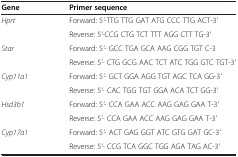
<table><thead><tr><td><b>Gene</b></td><td><b>Primer sequence</b></td></tr></thead><tbody><tr><td rowspan="2"><i>Hprt</i></td><td>Forward: 5<i>&#x27;</i>-TTG TTG GAT ATG CCC TTG ACT-3<i>&#x27;</i></td></tr><tr><td>Reverse: 5<i>&#x27;</i>-CCG CTG TCT TTT AGG CTT TG-3<i>&#x27;</i></td></tr><tr><td rowspan="2"><i>Star</i></td><td>Forward: 5<i>&#x27;</i>- GCC TGA GCA AAG CGG TGT C-3</td></tr><tr><td>Reverse: 5<i>&#x27;</i>- CTG GCG AAC TCT ATC TGG GTC TGT-3<i>&#x27;</i></td></tr><tr><td rowspan="2"><i>Cyp11a1</i></td><td>Forward: 5<i>&#x27;</i>- GCT GGA AGG TGT AGC TCA GG-3<i>&#x27;</i></td></tr><tr><td>Reverse: 5<i>&#x27;</i>- CAC TGG TGT GGA ACA TCT GG-3<i>&#x27;</i></td></tr><tr><td rowspan="2"><i>Hsd3b1</i></td><td>Forward: 5<i>&#x27;</i>- CCA GAA ACC AAG GAG GAA T-3<i>&#x27;</i></td></tr><tr><td>Reverse: 5<i>&#x27;</i>- CCA GAA ACC AAG GAG GAA T-3<i>&#x27;</i></td></tr><tr><td rowspan="2"><i>Cyp17a1</i></td><td>Forward: 5<i>&#x27;</i>- ACT GAG GGT ATC GTG GAT GC-3<i>&#x27;</i></td></tr><tr><td>Reverse: 5<i>&#x27;</i>- CCG TCA GGC TGG AGA TAG AC-3<i>&#x27;</i></td></tr></tbody></table>